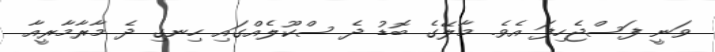
ވަނީ ފަސްޖެހިފަ އެވެ. މާލޭގެ ބޮޑު ދެ ސްކޫލެއްގައި ހިނގި ދެ މާރާމާރީއާ